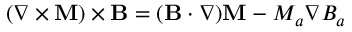
( \boldsymbol { \nabla } \times \mathbf { M } ) \times \mathbf { B } = ( \mathbf { B } \cdot \boldsymbol { \nabla } ) \mathbf { M } - M _ { a } \boldsymbol { \nabla } B _ { a }